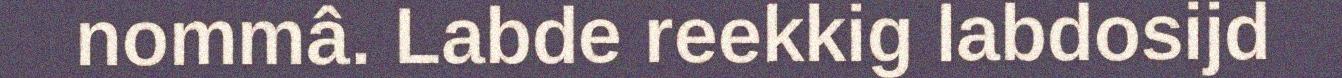
nommâ. Labde reekkig labdosijd